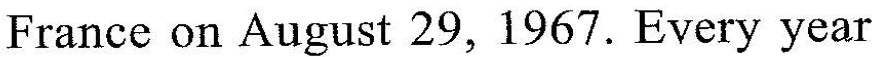
France on August 29, 1967. Every year